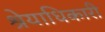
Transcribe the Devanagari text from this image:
श्रेयाधिकारी